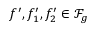
{ f ^ { \prime } , f _ { 1 } ^ { \prime } , f _ { 2 } ^ { \prime } \in \mathscr { F } _ { g } }